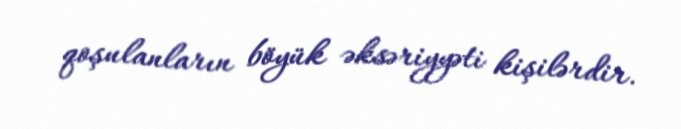
qoşulanların böyük əksəriyyəti kişilərdir.